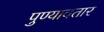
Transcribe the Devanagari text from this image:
पुण्यावतार